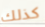
كذلك